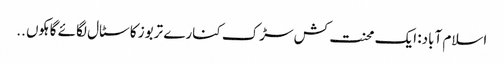
اسلام آباد: ایک محنت کش سڑک کنارے تربوز کا سٹال لگائے گاہکوں ..